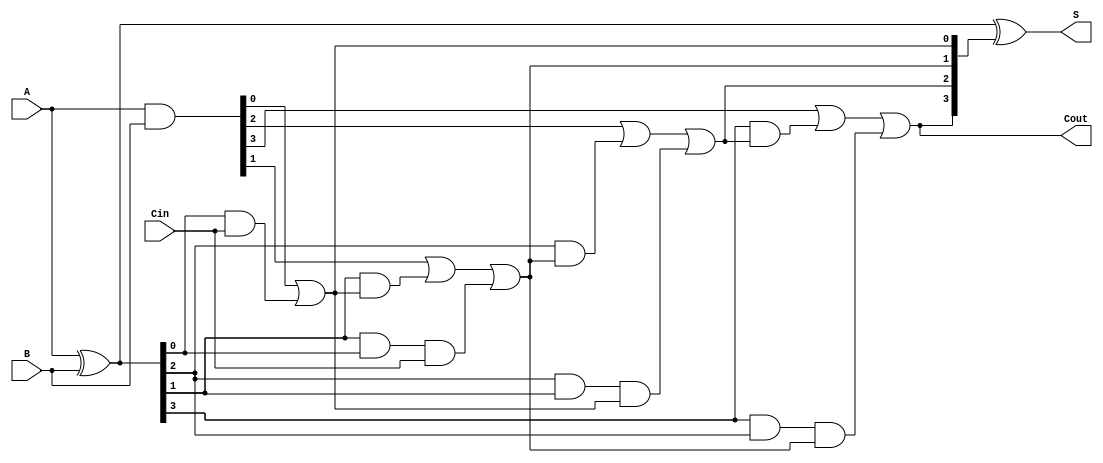
module CarryInLookaheadAdder #(parameter N = 4) (
    input  wire [N-1:0] A,    // First n-bit input
    input  wire [N-1:0] B,    // Second n-bit input
    input  wire Cin,           // Carry-in
    output wire [N-1:0] S,     // n-bit sum output
    output wire Cout           // Carry-out
);

    // Generate and Propagate signals
    wire [N-1:0] G; // Generate signals
    wire [N-1:0] P; // Propagate signals
    wire [N:0] C;   // Carry signals (C[0] is Cin)

    // Generate and Propagate Logic
    assign G = A & B;          // G[i] = A[i] AND B[i]
    assign P = A ^ B;          // P[i] = A[i] XOR B[i]

    // Carry Generation Logic
    assign C[0] = Cin;         // Initial carry-in
    genvar i;
    generate
        for (i = 0; i < N; i = i + 1) begin : carry_generation
            if (i == 0) begin
                assign C[i + 1] = G[i] | (P[i] & C[i]); // C[1] = G[0] + (P[0] & Cin)
            end else begin
                assign C[i + 1] = G[i] | (P[i] & C[i]) | (P[i] & P[i-1] & C[i-1]);
            end
        end
    endgenerate

    // Sum Calculation
    assign S = P ^ C[N:1]; // S[i] = P[i] XOR C[i]

    // Carry-out output
    assign Cout = C[N];     // Cout = C[n]

endmodule